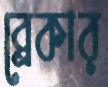
ব্রেকার